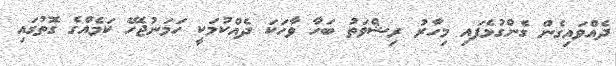
ދެއްވައިގެން ގެންގުޅެފައި މިހާރު ރިޝްވަތު ބަހާ ވާހަކަ ދެއްކުމަކީ ހަމަނުޖެހޭ ކަމެއްގެ ގޮތުގައި